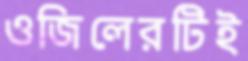
ওজিলেরটিই